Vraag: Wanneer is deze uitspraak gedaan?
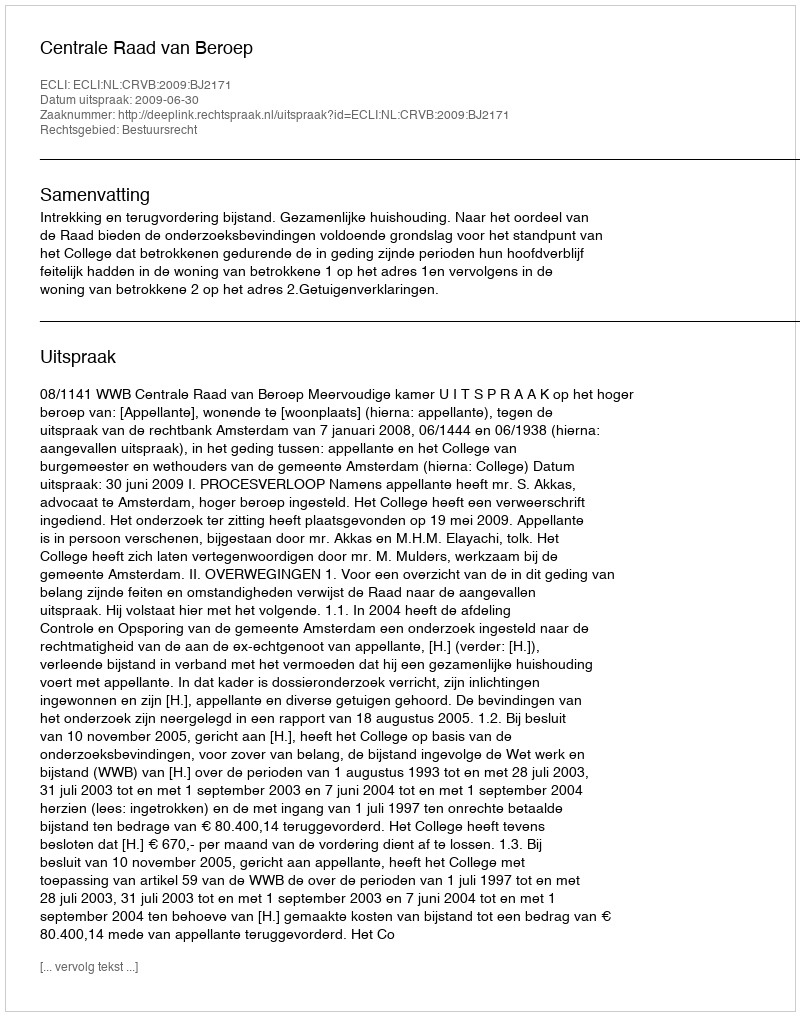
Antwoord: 2009-06-30